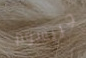
جريسوم